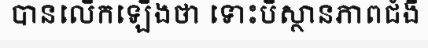
បានលើកឡើងថា ទោះបីស្ថានភាពជំងឺ